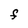
Character: F